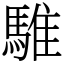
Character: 騅